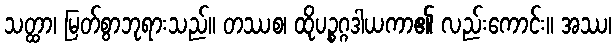
သတ္ထာ၊ မြတ်စွာဘုရားသည်။ တဿစ၊ ထိုပဉ္စဂ္ဂဒါယကာ၏ လည်းကောင်း။ အဿ၊